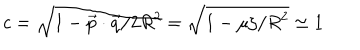
c = \sqrt { 1 - { { \vec { p } } \cdot { \vec { q } } / 2 R ^ { 2 } } } = \sqrt { 1 - { \mu \zeta / R ^ { 2 } } } \simeq 1